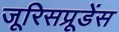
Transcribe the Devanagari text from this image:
जूरिसप्रूडेंस